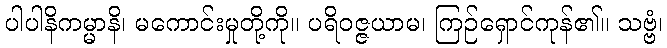
ပါပါနိကမ္မာနိ၊ မကောင်းမှုတို့ကို။ ပရိဝဇ္ဇယာမ၊ ကြဉ်ရှောင်ကုန်၏။ သဗ္ဗံ၊